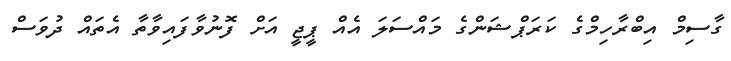
ގާސިމް އިބްރާހިމްގެ ކަރަޕްޝަންގެ މައްސަލަ އެއް ޕީޖީ އަށް ފޮނުވާފައިވާތާ އެތައް ދުވަސް